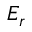
E _ { r }